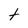
Character: t